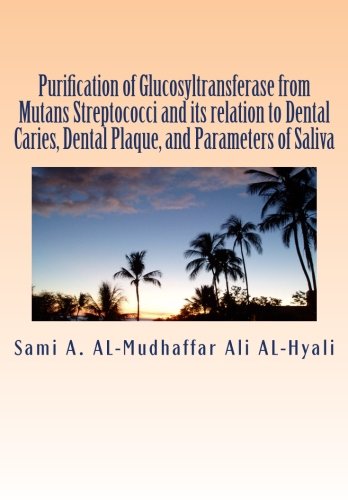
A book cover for Purification of Glucosyltransferase from Mutans Streptococci and its   relation to Dental Caries , Dental Plaque and Parameters of Saliva: Purification of Glucosyltransferase; Prof sami A. AL-Mudhaffar Dr.; Medical Books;